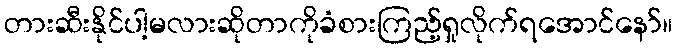
တားဆီးနိုင်ပါ့မလားဆိုတာကိုခံစားကြည့်ရှုလိုက်ရအောင်နော်။